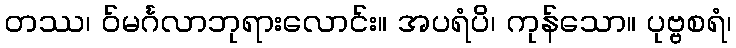
တဿ၊ ဝ်မင်္ဂလာဘုရားလောင်း။ အပရံပိ၊ ကုန်သော။ ပုဗ္ဗစရံ၊